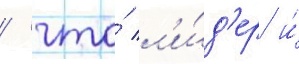
/ что́ л'и́д'ер и́